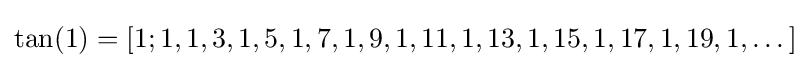
\tan(1)=[1;1,1,3,1,5,1,7,1,9,1,11,1,13,1,15,1,17,1,19,1,\dots ]\,\!